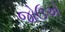
જોઉએ